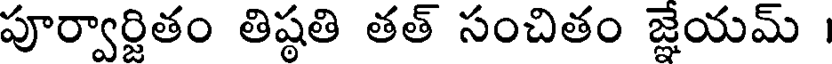
పూర్వార్జితం తిష్ఠతి తత్ సంచితం జ్ఞేయమ్